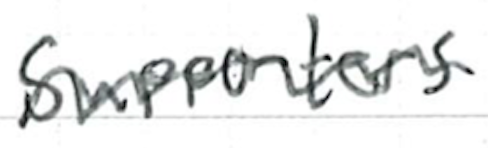
Text: supporters
Cross-out: wave
Writing tool: ballpoint